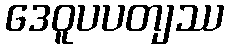
ဒေဝူပပတျဿ